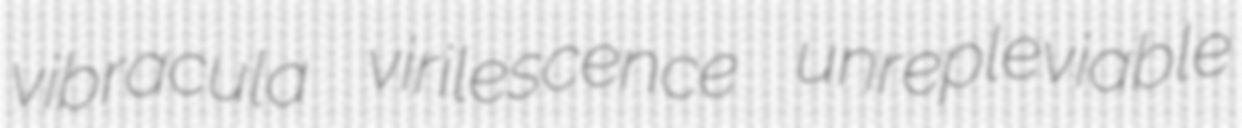
vibracula virilescence unrepleviable